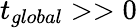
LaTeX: t_{global}>>0